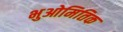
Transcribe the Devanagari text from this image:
भुओमितिक